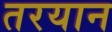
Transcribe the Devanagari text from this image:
तरयान